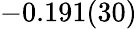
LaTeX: -0.191(30)